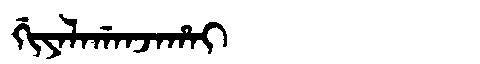
Manchu: ᡤᡳᠶᠠᠯᠠᡤᠠᠨᠵᠠᡥᠠᡳ
Romanization: GIYALAGANJAHAI